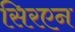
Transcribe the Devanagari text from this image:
सिरएन